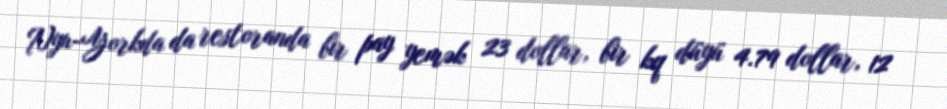
Nyu-Yorkda da restoranda bir pay yemək 23 dollar, bir kq düyü 4.79 dollar, 12